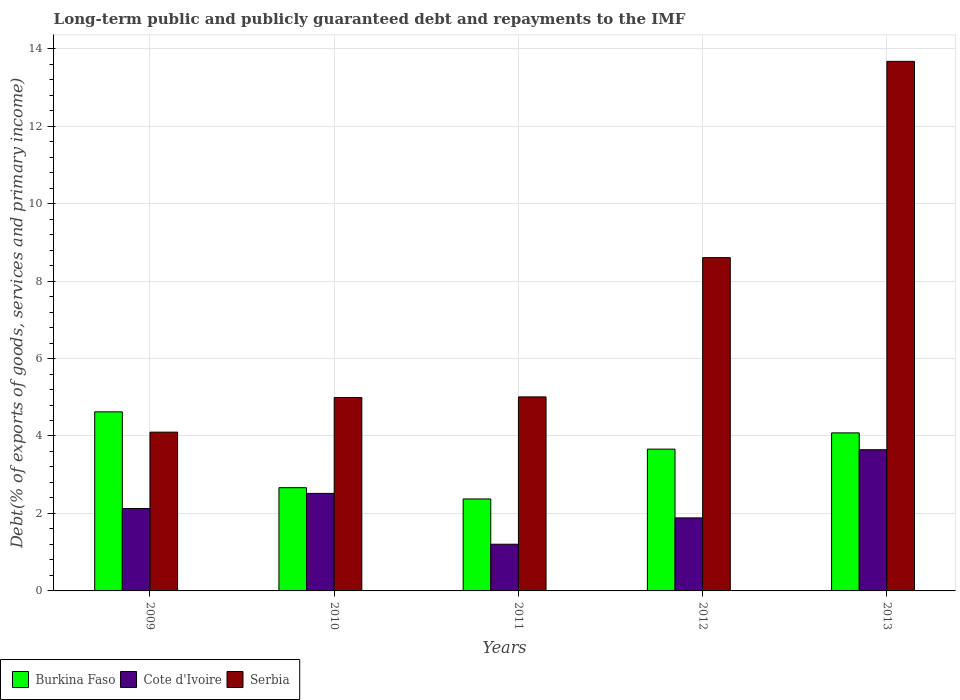
| Years | Burkina Faso | Cote d'Ivoire | Serbia |
 | --- | --- | --- | --- |
 | 2009 | 4.62 | 2.13 | 4.1 |
 | 2010 | 2.67 | 2.52 | 4.99 |
 | 2011 | 2.37 | 1.21 | 5.01 |
 | 2012 | 3.66 | 1.89 | 8.6 |
 | 2013 | 4.08 | 3.65 | 13.7 |